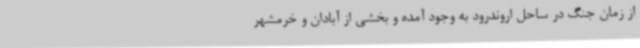
از زمان جنگ در ساحل اروندرود به وجود آمده و بخشی از آبادان و خرمشهر